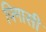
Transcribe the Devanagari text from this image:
पिगासी